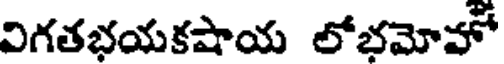
విగతభయకషాయ లోభమోవో